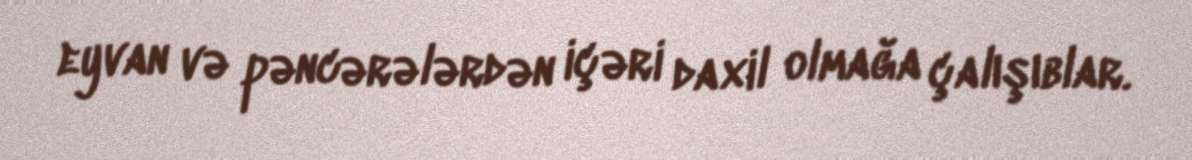
eyvan və pəncərələrdən içəri daxil olmağa çalışıblar.